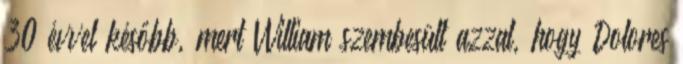
30 évvel később, mert William szembesült azzal, hogy Dolores